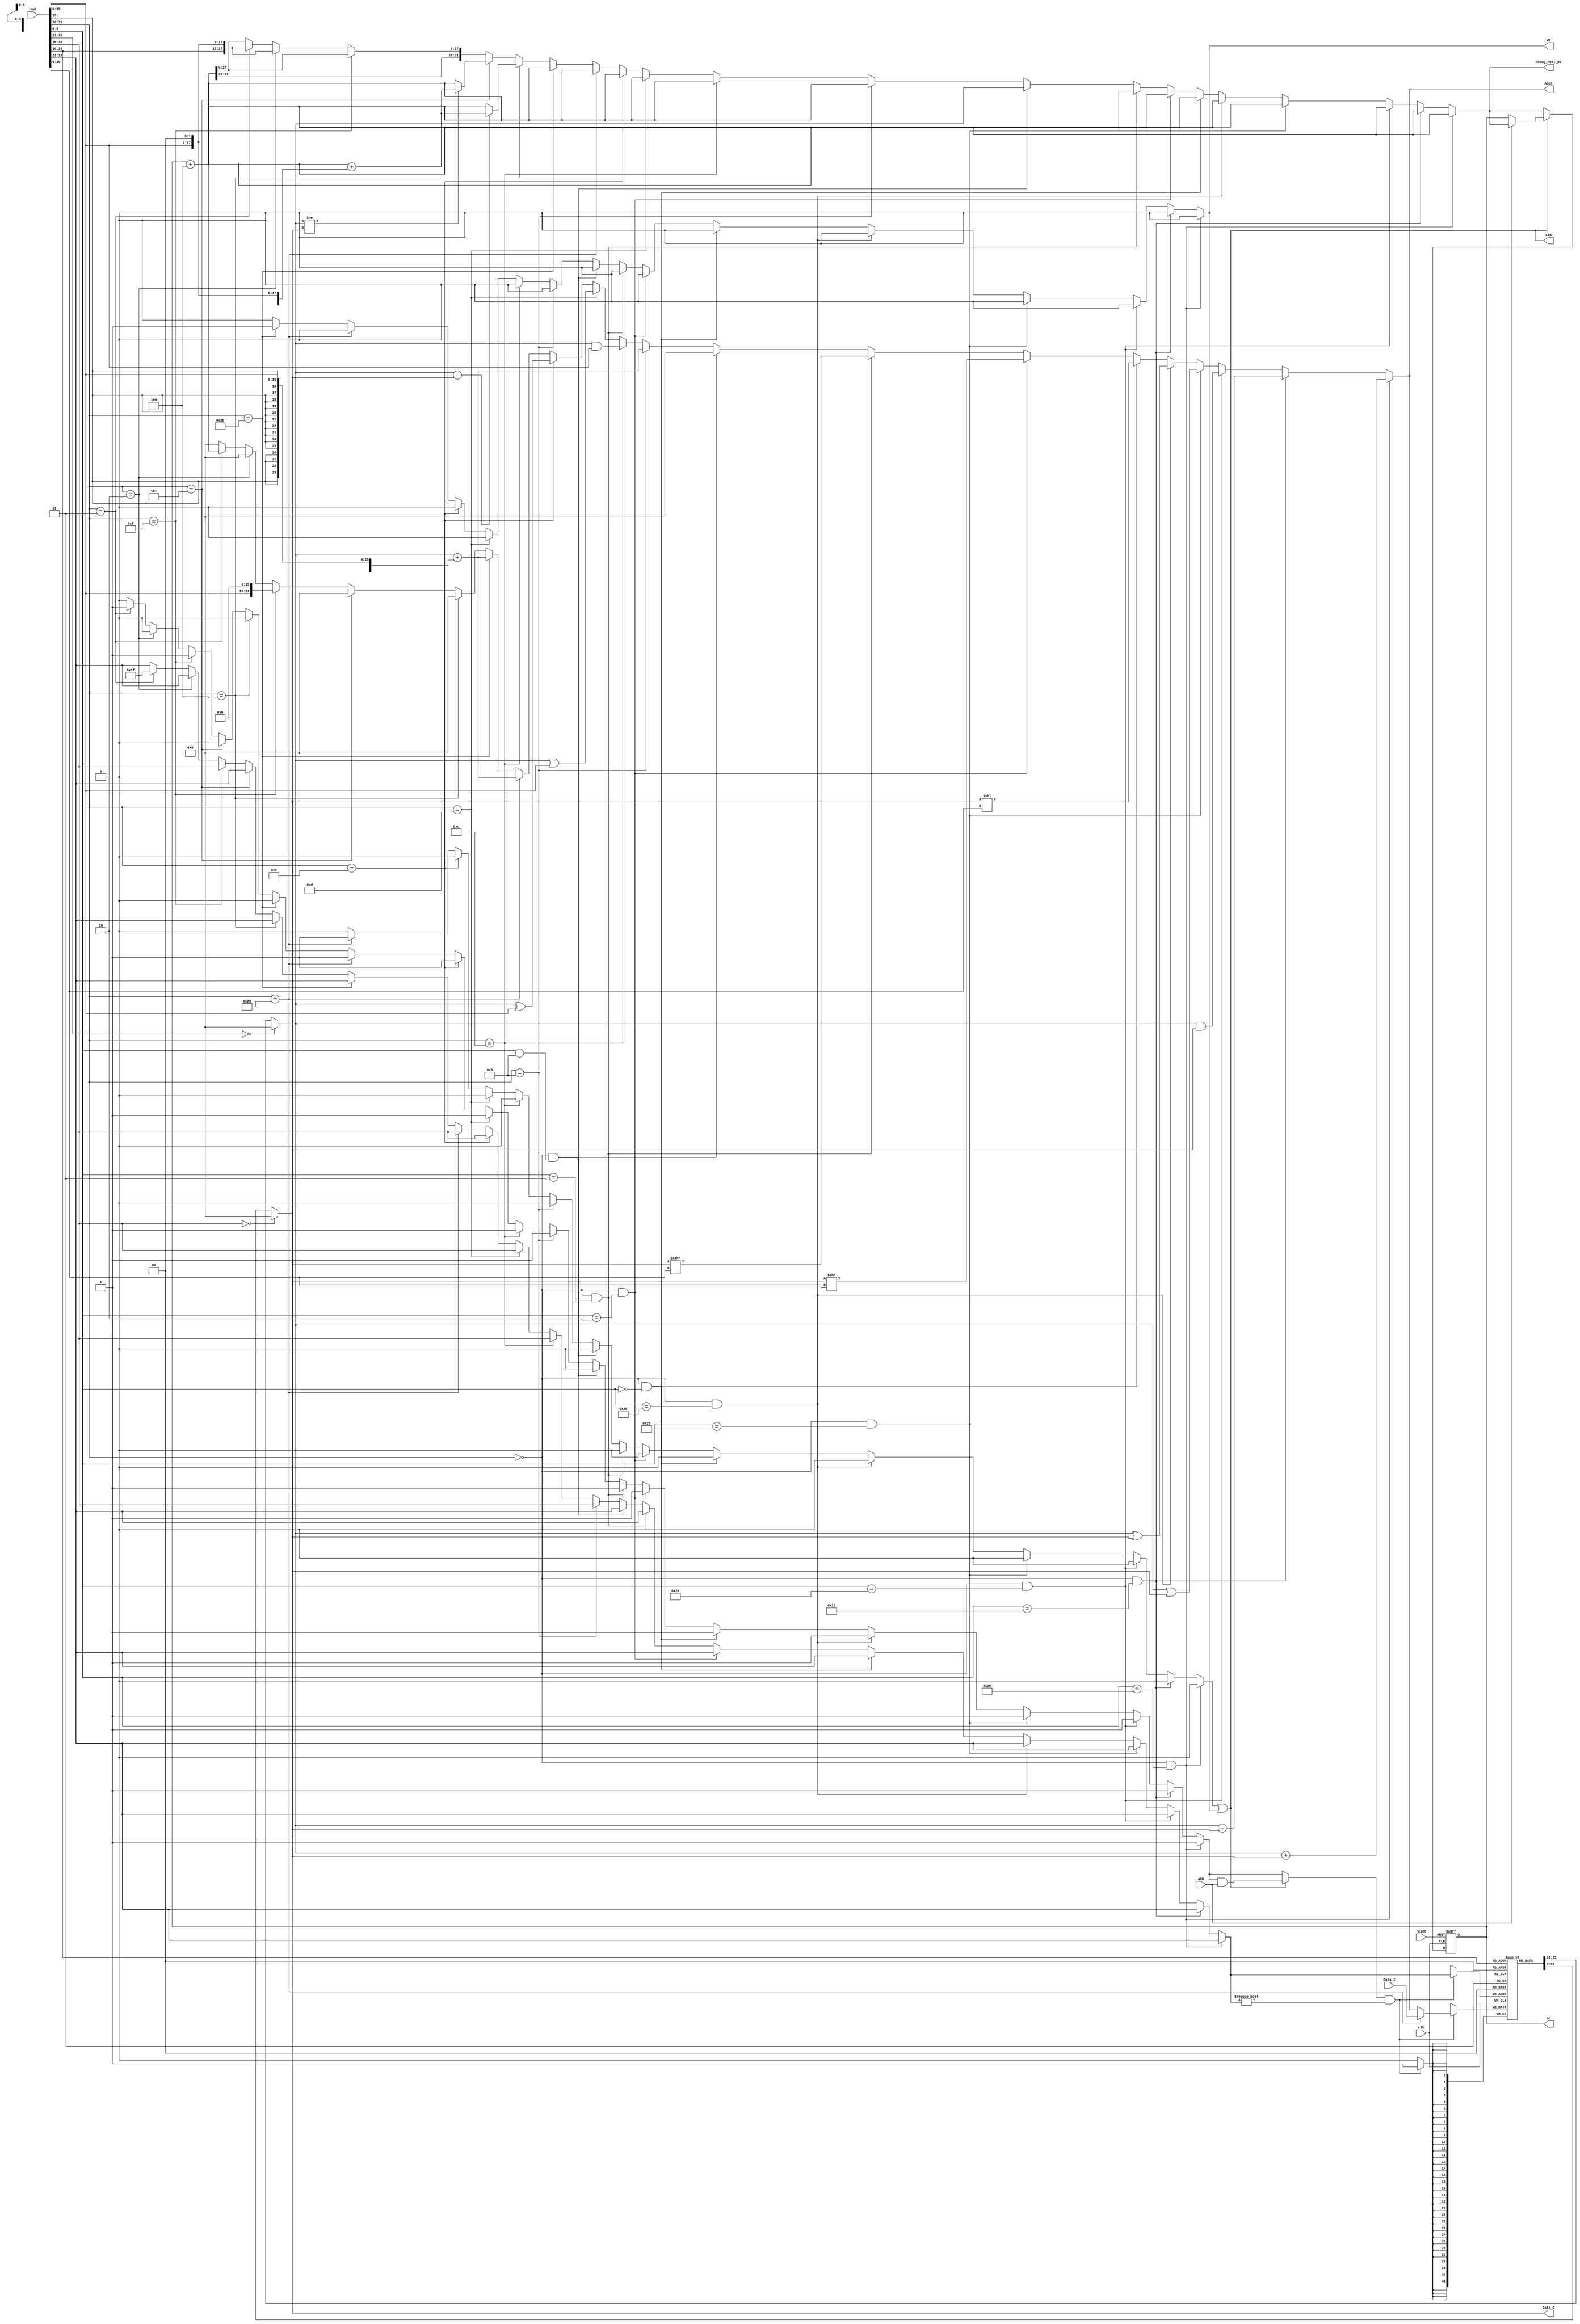
module CPU_2 (clk,reset,pc,inst,Addr,Data_I,Data_O,WE,ACK,STB,debug_next_pc); 
    input  clk, reset;                                  
    input  [31:0] inst;                                 
    input  [31:0] Data_I;                               
    input  ACK;
    output [31:0] pc;                                   
    output [31:0] Addr;                                 
    output [31:0] Data_O;                               
    output WE;                                          
    output STB;
    output [31: 0] debug_next_pc;
    reg           wreg;                                 
    reg           wmem,rmem;                            
    reg    [31:0] alu_out;                              
    reg     [4:0] dest_rn;                              
    reg    [31:0] next_pc;                              
    wire   [31:0] pc_plus_4 = pc + 4;                   
    wire  [05:00] opcode = inst[31:26];
    wire  [04:00] rs     = inst[25:21];
    wire  [04:00] rt     = inst[20:16];
    wire  [04:00] rd     = inst[15:11];
    wire  [04:00] sa     = inst[10:06];
    wire  [05:00] func   = inst[05:00];
    wire  [15:00] imm    = inst[15:00];
    wire  [25:00] addr   = inst[25:00];
    wire          sign   = inst[15];
    wire  [31:00] offset = {{14{sign}},imm,2'b00};
    wire  [31:00] j_addr = {pc_plus_4[31:28],addr,2'b00};
    wire i_add  = (opcode == 6'h00) & (func == 6'h20);  
    wire i_sub  = (opcode == 6'h00) & (func == 6'h22);  
    wire i_and  = (opcode == 6'h00) & (func == 6'h24);  
    wire i_or   = (opcode == 6'h00) & (func == 6'h25);  
    wire i_xor  = (opcode == 6'h00) & (func == 6'h26);  
    wire i_sll  = (opcode == 6'h00) & (func == 6'h00);  
    wire i_srl  = (opcode == 6'h00) & (func == 6'h02);  
    wire i_sra  = (opcode == 6'h00) & (func == 6'h03);  
    wire i_jr   = (opcode == 6'h00) & (func == 6'h08);  
    wire i_addi = (opcode == 6'h08);                    
    wire i_andi = (opcode == 6'h0c);                    
    wire i_ori  = (opcode == 6'h0d);                    
    wire i_xori = (opcode == 6'h0e);                    
    wire i_lw   = (opcode == 6'h23);                    
    wire i_sw   = (opcode == 6'h2b);                    
    wire i_beq  = (opcode == 6'h04);                    
    wire i_bne  = (opcode == 6'h05);                    
    wire i_lui  = (opcode == 6'h0f);                    
    wire i_j    = (opcode == 6'h02);                    
    wire i_jal  = (opcode == 6'h03);                    
    reg [31:0] pc;
    always @ (posedge clk or posedge reset) begin
        if (reset) pc <= 0;
        else begin
            if (STB)
                pc <= ACK ? next_pc : pc;
            else
                pc <= next_pc;
        end
    end
    wire   [31:0] data_2_rf = i_lw ? Data_I : alu_out;
    reg    [31:0] regfile [1:31];                       
    wire   [31:0] a = (rs==0) ? 0 : regfile[rs];        
    wire   [31:0] b = (rt==0) ? 0 : regfile[rt];        
    always @ (posedge clk) begin
        if (wreg && (dest_rn != 0)) begin
            regfile[dest_rn] <= data_2_rf;              
        end
    end
    assign WE = wmem;    
    assign Data_O = b;                               
    assign Addr = alu_out;                         
    assign STB = rmem | wmem;
    always @(*) begin
        alu_out = 0;                                    
        dest_rn = rd;                                   
        wreg    = 0;                                    
        wmem    = 0;                                    
        rmem    = 0;                                    
        next_pc = pc_plus_4;
        case (1'b1)
            i_add: begin                                
                alu_out = a + b;
                wreg    = 1; end
            i_sub: begin                                
                alu_out = a - b;
                wreg    = 1; end
            i_and: begin                                
                alu_out = a & b;
                wreg    = 1; end
            i_or: begin                                 
                alu_out = a | b;
                wreg    = 1; end
            i_xor: begin                                
                alu_out = a ^ b;
                wreg    = 1; end
            i_sll: begin                                
                alu_out = b << sa;
                wreg    = 1; end
            i_srl: begin                                
                alu_out = b >> sa;
                wreg    = 1; end
            i_sra: begin                                
                alu_out = $signed(b) >>> sa;
                wreg    = 1; end
            i_jr: begin                                 
                next_pc = a; end
            i_addi: begin                               
                alu_out = a + {{16{sign}},imm};
                dest_rn = rt;
                wreg    = 1; end
            i_andi: begin                               
                alu_out = a & {16'h0,imm};
                dest_rn = rt;
                wreg    = 1; end
            i_ori: begin                                
                alu_out = a | {16'h0,imm};
                dest_rn = rt;
                wreg    = 1; end
            i_xori: begin                               
                alu_out = a ^ {16'h0,imm};
                dest_rn = rt;
                wreg    = 1; end
            i_lw: begin                                 
                alu_out = a + {{16{sign}},imm};
                dest_rn = rt;
                rmem    = 1;
                wreg    = 1; end
            i_sw: begin                                 
                alu_out = a + {{16{sign}},imm};
                wmem    = 1; end
            i_beq: begin                                
                if (a == b) 
                  next_pc = pc_plus_4 + offset; end
            i_bne: begin                                
                if (a != b) 
                  next_pc = pc_plus_4 + offset; end
            i_lui: begin                                
                alu_out = {imm,16'h0};
                dest_rn = rt;
                wreg    = 1; end
            i_j: begin                                  
                next_pc = j_addr; end
            i_jal: begin                                
                alu_out = pc_plus_4;
                wreg    = 1;
                dest_rn = 5'd31;
                next_pc = j_addr; end
            default: ;
        endcase
        wreg = STB ? wreg & ACK : wreg;
    end
    assign debug_next_pc = next_pc;
endmodule